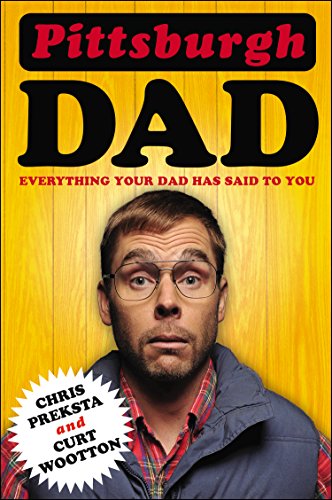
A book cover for Pittsburgh Dad: Everything Your Dad Has Said to You; Chris Preksta; Humor & Entertainment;